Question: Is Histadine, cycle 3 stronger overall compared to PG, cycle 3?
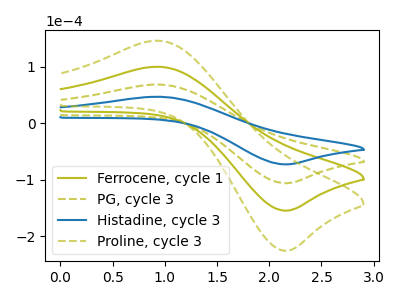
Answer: <think>The olive curve "Ferrocene, cycle 1" has an anodic peak at (0.95V, 137.60uA) and a cathodic peak at (2.15V, -212.05uA). The olive dashed curve "PG, cycle 3" has an anodic peak at (0.95V, 68.80uA) and a cathodic peak at (2.15V, -106.05uA). The blue curve "Histadine, cycle 3" has an anodic peak at (0.95V, 47.15uA) and a cathodic peak at (2.15V, -72.65uA). The olive dashed curve "Proline, cycle 3" has an anodic peak at (0.95V, 206.45uA) and a cathodic peak at (2.15V, -318.10uA).
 All the peaks in "Histadine, cycle 3" have a peak in "PG, cycle 3" at the same potential. Every peak in "Histadine, cycle 3" is lower than every peak in "PG, cycle 3".</think>
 <answer>"Histadine, cycle 3" has less signal than "PG, cycle 3".</answer>
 <eval>less_signal</eval>